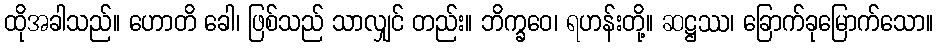
ထိုအခါသည်။ ဟောတိ ခေါ၊ ဖြစ်သည် သာလျှင် တည်း။ ဘိက္ခဝေ၊ ရဟန်းတို့။ ဆဋ္ဌဿ၊ ခြောက်ခုမြောက်သော။